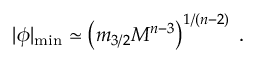
| \phi | _ { \mathrm { m i n } } \simeq \left( m _ { 3 / 2 } M ^ { n - 3 } \right) ^ { 1 / ( n - 2 ) } \; .